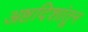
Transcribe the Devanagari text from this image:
अष्टदिशांतून